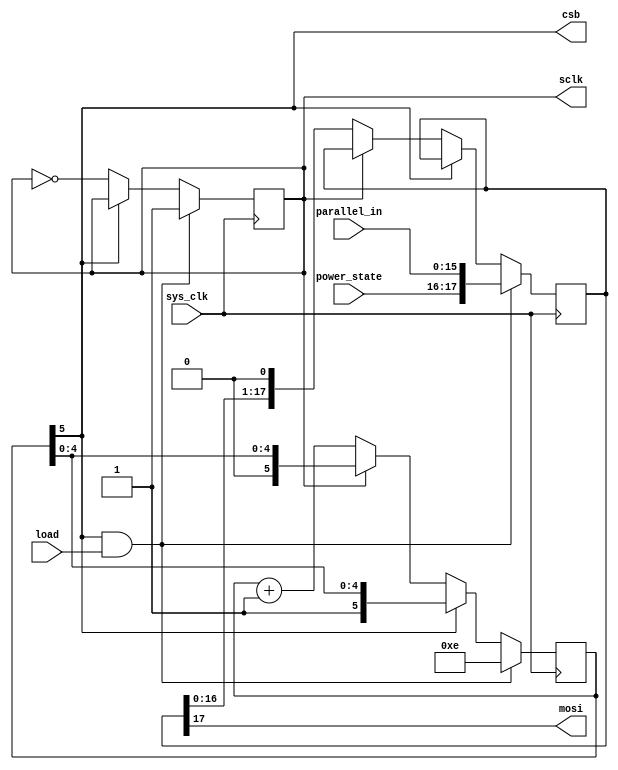
/**
 * SPI Main device (sends data out)
 * 
 * Authors:
 * * Zach Baldwin 2023-10-29
 * 
 * **** USAGE ****
 * Data is loaded on the RISING edge of the clock and should
 * be sampled on the output serial one on the FALLING edge 
 * of the output clock
 * 
 * PARAMETERS:
 *   WORD_WIDTH - The number of bits wide to set the input shift register
 * 
 * INPUTS:
 *   sys_clk - system clock. Data is processed on the rising edge
 *   load    - Set high to setart a shift cycle. On rising edge of sys_clk,
 *             the value of parallel_in is loaded.
 *   parallel_in - The dataword to shift
 *   power_state - The power state for the DAC8411 digital to analog 
 *             converter
 * 
 * OUTPUTS:
 *   sclk - SPI clock, data is intended to be sampled on the falling edge
 *   mosi - Serial data output
 *   csb  - Active low chip select output
 *   
 */

module spi_main
  #(
    parameter WORD_WIDTH = 16
    )
    (
     input                  sys_clk, load,
     input [WORD_WIDTH-1:0] parallel_in,
     input [1:0]            power_state,
     output                 sclk, mosi, csb
     );

    // +2 for power_state
    localparam              SR_WIDTH = WORD_WIDTH + 2;
    localparam              SR_COUNT_WIDTH = $clog2(SR_WIDTH);
    localparam [SR_COUNT_WIDTH:0] SR_COUNT_RESET = {1'b1, {SR_COUNT_WIDTH{1'b0}}},
                                  SR_COUNT_INIT = SR_COUNT_RESET - SR_WIDTH;
    
    reg [SR_WIDTH-1:0]            shift_reg;
    reg                           clk_div;
    reg [SR_COUNT_WIDTH:0]        shift_count;
    wire                          shift_done;

    assign shift_done = shift_count[SR_COUNT_WIDTH];
    assign csb = shift_done;
    assign mosi = shift_reg[SR_WIDTH-1];
    assign sclk = clk_div;

    // Sim
    initial shift_count = SR_COUNT_RESET;
    
    always @(posedge sys_clk) begin
        // Next value load and reset of shift counter
        if (shift_done && load) begin
            shift_count <= SR_COUNT_INIT;
            shift_reg <= {power_state, parallel_in};
            clk_div <= 1'b1;
        end
        // When we are busy shifting, generate a clock and shift on "rising" edge
        else if (!shift_done) begin
            clk_div <= ~clk_div;
            if (!clk_div) begin
                shift_count <= shift_count + {{(SR_COUNT_WIDTH-1){1'b0}}, {1'b1}};
                shift_reg <= {shift_reg[SR_WIDTH-2:0], 1'b0};
            end
        end
    end

endmodule // spi_main